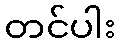
တင်ပါး